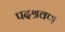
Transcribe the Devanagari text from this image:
पदश्रवण